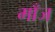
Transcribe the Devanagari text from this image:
माँज